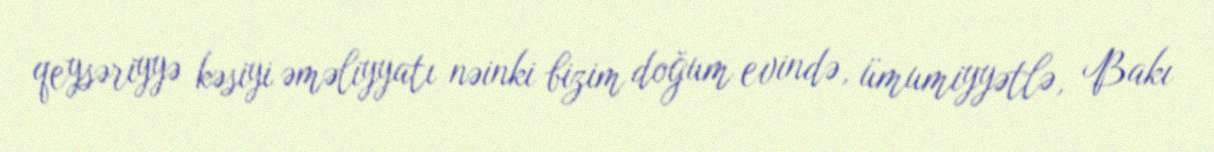
qeysəriyyə kəsiyi əməliyyatı nəinki bizim doğum evində, ümumiyyətlə, Bakı